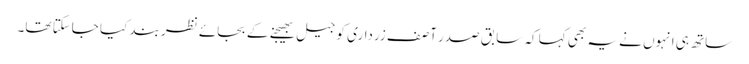
ساتھ ہی انہوں نے یہ بھی کہا کہ سابق صدر آصف زرداری کو جیل بھیجنے کے بجائے نظر بند کیا جاسکتا تھا۔